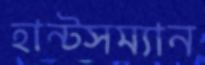
হান্টসম্যান